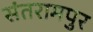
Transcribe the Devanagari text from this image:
संतरामपुर